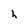
Character: h